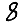
Digit: 8